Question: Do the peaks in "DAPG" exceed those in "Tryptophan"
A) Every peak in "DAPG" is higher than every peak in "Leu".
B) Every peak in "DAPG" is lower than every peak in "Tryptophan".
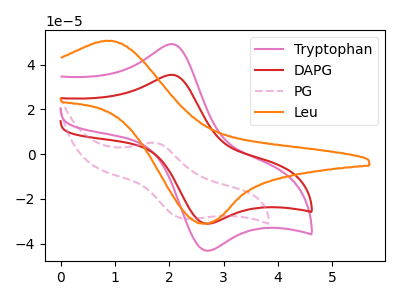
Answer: <think>The pink curve "Tryptophan" has an anodic peak at (2.05V, 49.15uA) and a cathodic peak at (2.70V, -43.25uA). The red curve "DAPG" has an anodic peak at (2.05V, 35.40uA) and a cathodic peak at (2.70V, -31.15uA). The pink dashed curve "PG" has an anodic peak at (1.75V, 5.00uA) and a cathodic peak at (2.30V, -28.95uA). The orange curve "Leu" has an anodic peak at (0.90V, 50.55uA) and a cathodic peak at (2.65V, -31.05uA).</think>
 <answer>B) Every peak in "DAPG" is lower than every peak in "Tryptophan".</answer>
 <eval>B</eval>